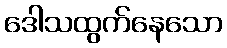
ဒေါသထွက်နေသော